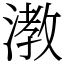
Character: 漖